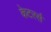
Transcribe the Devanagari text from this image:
केटरर्स